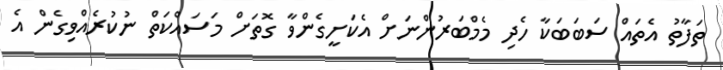
ތަފާތު އެތައް ސަބަބަކާ ހެދި މެމްބަރުންނަށް އެކަށީގެންވާ ގޮތަށް މަސައްކަތް ނުކުރެއްވިގެން އެ